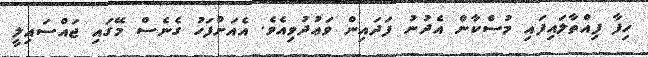
ހިފާ ފިއްތާލައިފައި މުސްކާން އެދުނު ފަދައިން ވަޢުދުވިއެވެ. އެއަށްފަހު ގެނެސް މޭގައި ޖައްސައިލީ